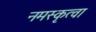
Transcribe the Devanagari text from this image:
नमस्कृत्वा